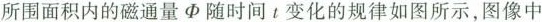
所围面积内的磁通量Φ随时间t变化的规律如图所示，图像中